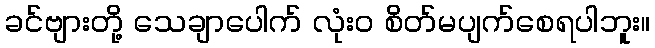
ခင်ဗျားတို့ သေချာပေါက် လုံးဝ စိတ်မပျက်စေရပါဘူး။